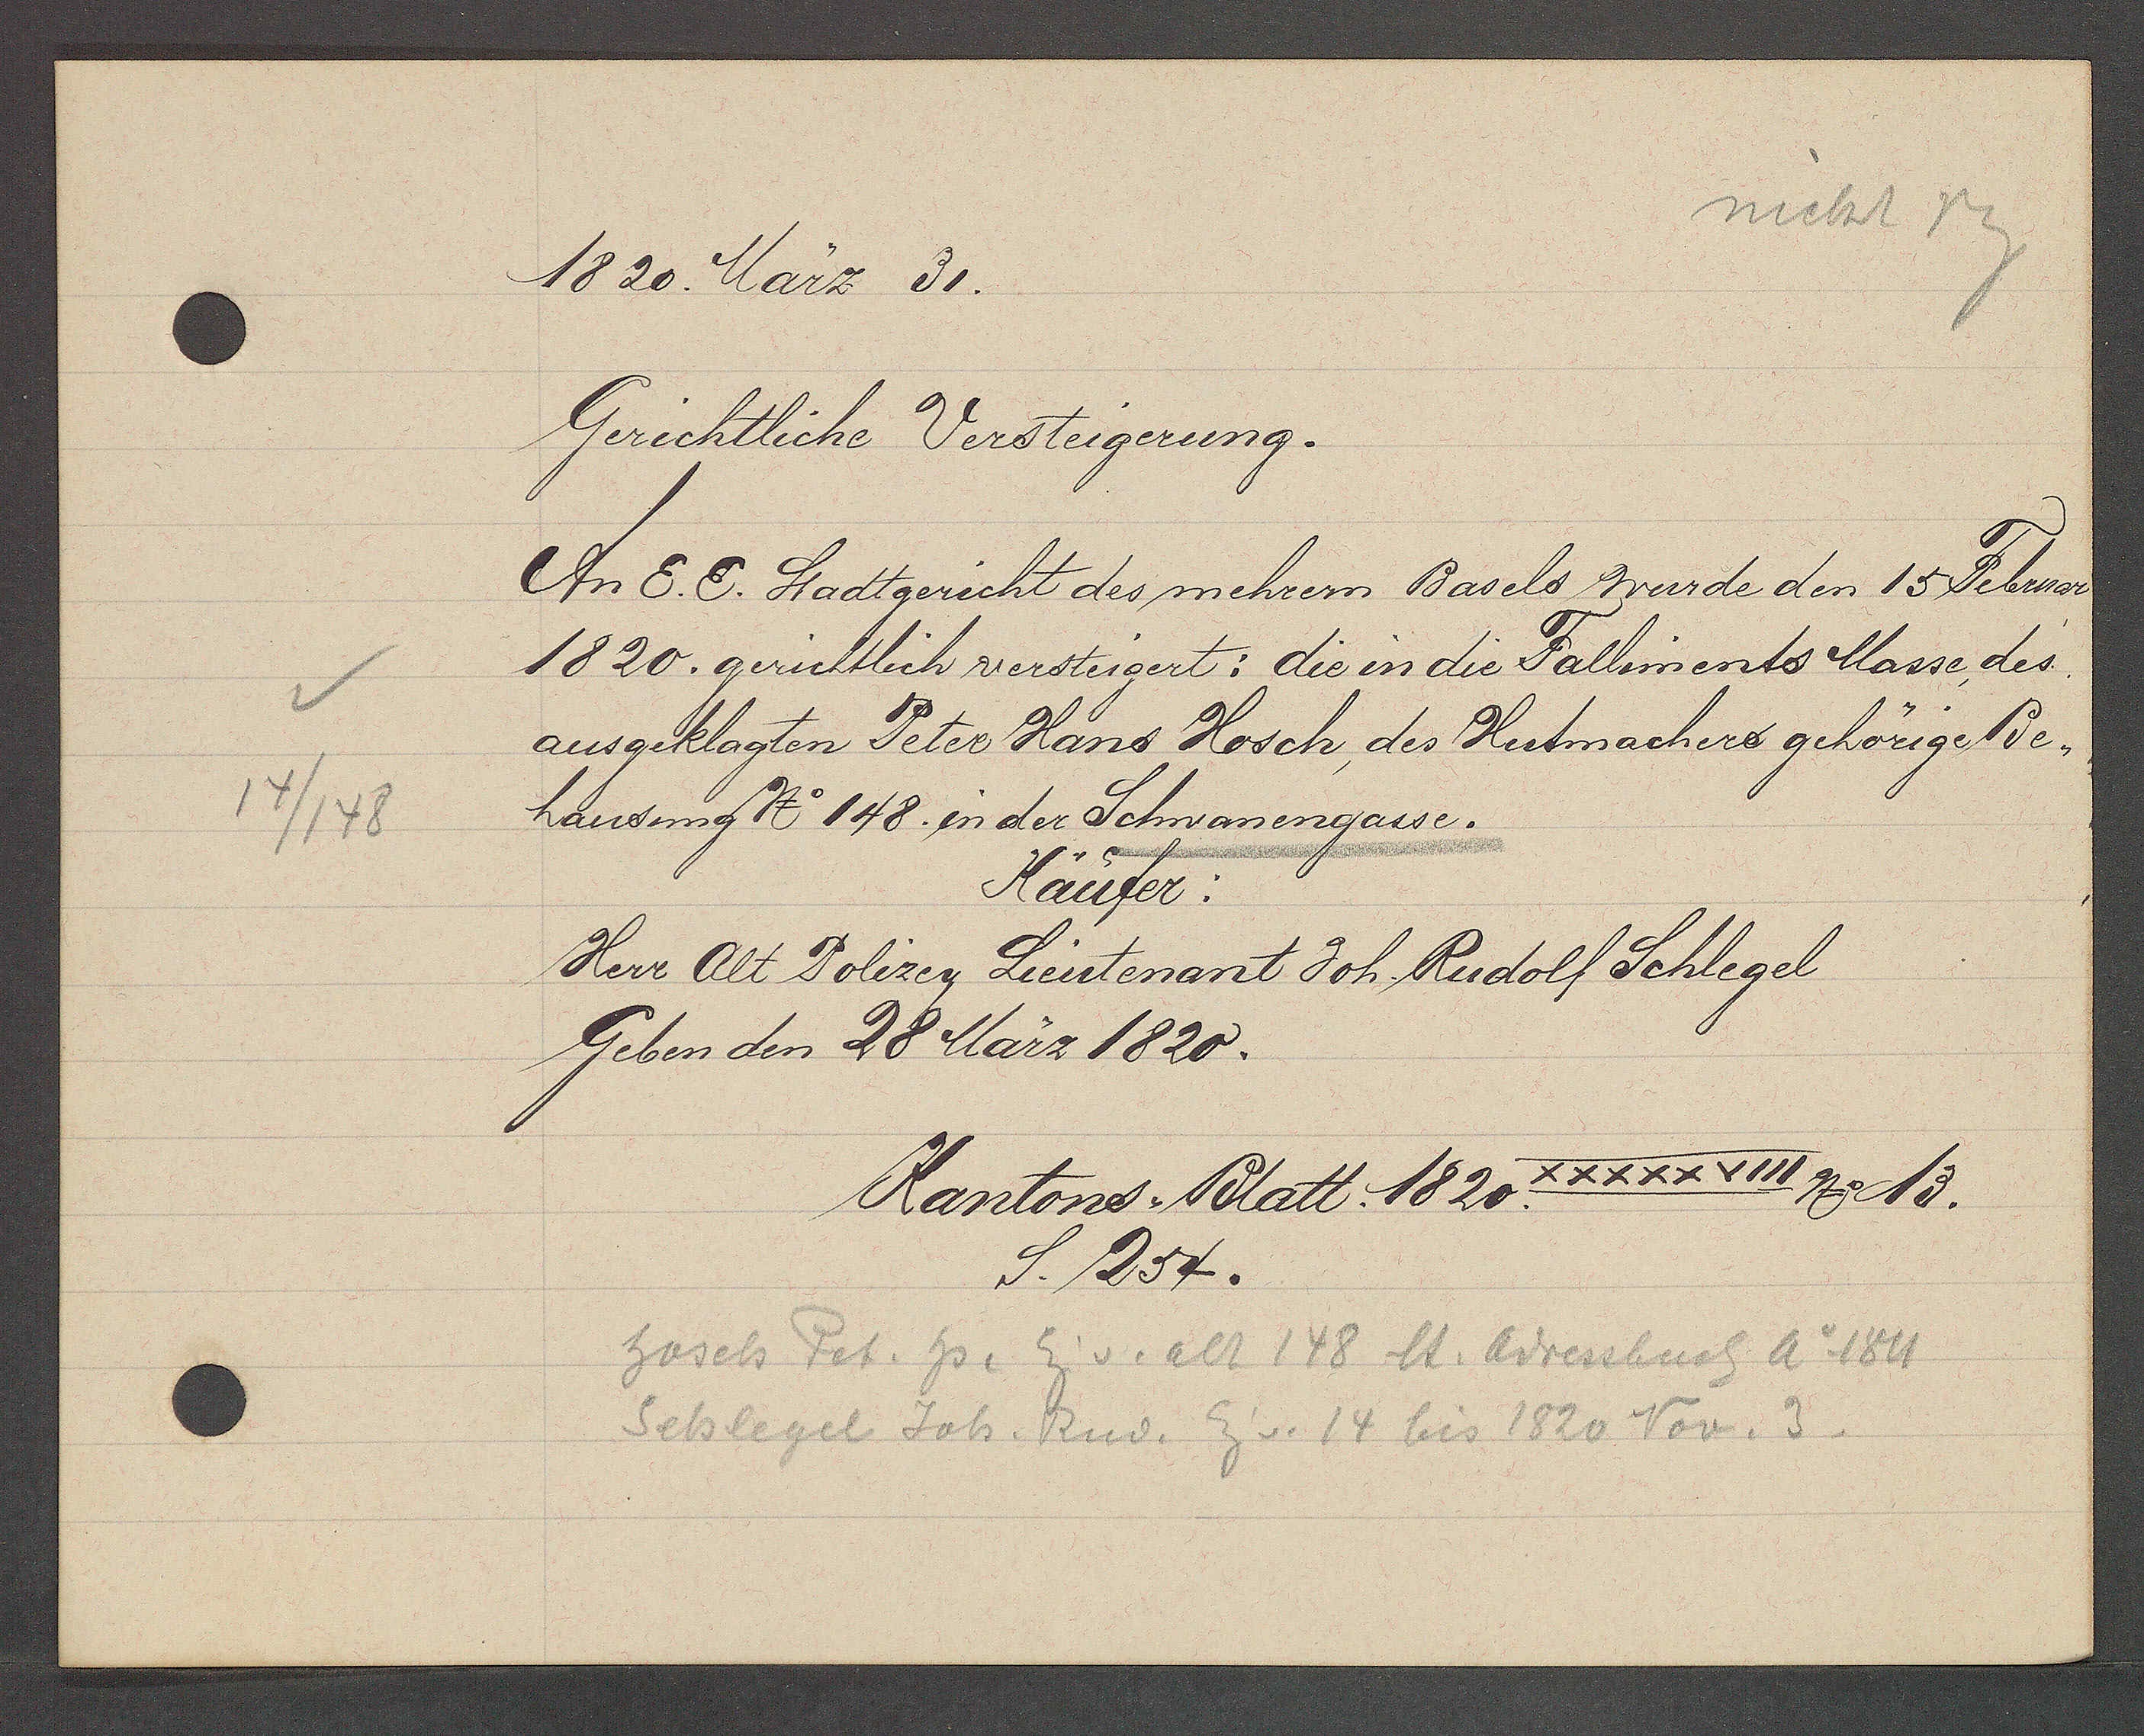
Transcript:
14/148

1820 März 31.

Gerichtliche Versteigerung.
An E. E. Stadtgericht des mehrern Basels wurde den 15 Februar
1820. gerichtlich versteigert: die in die Falliments Masse, des
ausgeklagten Peter Hans Hosch, des Hutmachers gehörige Be¬
hausung No 148. in der Schwanengasse.
Käufer:
Herr Alt Polizey Lieutenant Joh. Rudolf Schlegel
Geben den 28 März 1820.

Kantons Blatt. 1820. XXXXXVIII No 13.
S. 254.

hosch Pet. hs. Eig v. alt 148 lt. Adressbuch Ao 1811
Schlegel Joh. Rud. Eig v. 14 bis 1820 Nov. 3.